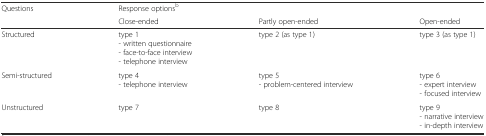
<table><thead><tr><td rowspan="2"><b>Questions</b></td><td><b>Response options<sup>b</sup></b></td><td></td><td></td></tr><tr><td><b>Close-ended</b></td><td><b>Partly open-ended</b></td><td><b>Open-ended</b></td></tr></thead><tbody><tr><td>Structured</td><td>type 1- written questionnaire- face-to-face interview- telephone interview</td><td>type 2 (as type 1)</td><td>type 3 (as type 1)</td></tr><tr><td>Semi-structured</td><td>type 4- telephone interview</td><td>type 5- problem-centered interview</td><td>type 6- expert interview- focused interview</td></tr><tr><td>Unstructured</td><td>type 7</td><td>type 8</td><td>type 9- narrative interview- in-depth interview</td></tr></tbody></table>